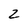
Character: 2